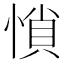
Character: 𰑽